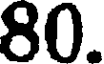
80.